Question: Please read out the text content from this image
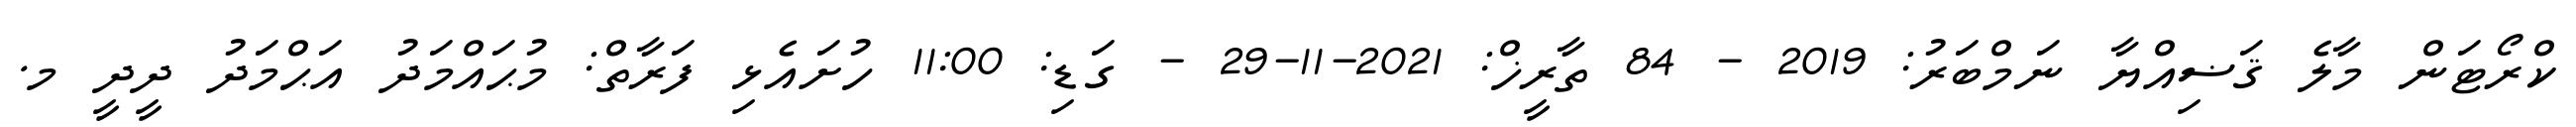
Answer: ކްރޯޓަން މާލެ ޤަޟިއްޔާ ނަމްބަރު: 2019 - 84 ތާރީޚް: 2021-11-29 - ގަޑި: 11:00 ހުށައެޅި ފަރާތް: މުޙައްމަދު އަޙްމަދު ދީދީ މ.